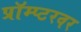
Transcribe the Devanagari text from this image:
प्रॉम्प्टरवर